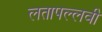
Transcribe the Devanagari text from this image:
लतापल्लवी